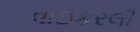
વાઇકરલી